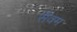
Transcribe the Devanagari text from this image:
सैवम